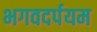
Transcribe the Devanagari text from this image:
भगवदर्पयम